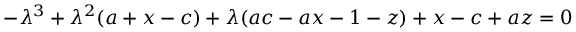
- \lambda ^ { 3 } + \lambda ^ { 2 } ( a + x - c ) + \lambda ( a c - a x - 1 - z ) + x - c + a z = 0